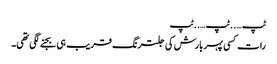
ٹپ …..ٹپ…..ٹپ
رات کسی پہر بارش کی جلترنگ قریب ہی بجنے لگی تھی۔